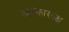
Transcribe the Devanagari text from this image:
अलंकारपक्ष